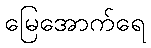
မြေအောက်ရေ